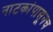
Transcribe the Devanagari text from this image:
नाटकांपासूनच